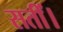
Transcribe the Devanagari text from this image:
सतीं।